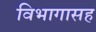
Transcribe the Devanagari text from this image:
विभागासह